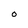
Character: 0